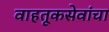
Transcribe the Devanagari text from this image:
वाहतूकसेवांचा